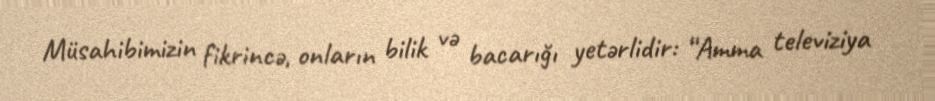
Müsahibimizin fikrincə, onların bilik və bacarığı yetərlidir: “Amma televiziya